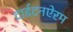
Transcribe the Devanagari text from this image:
टाईटनऐरम